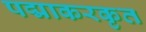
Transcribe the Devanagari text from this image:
पद्माकरकृत